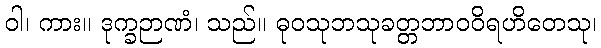
ဝါ၊ ကား။ ဒုက္ခဉာဏံ၊ သည်။ ဓုဝသုဘသုခတ္တဘာဝဝိရဟိတေသု၊